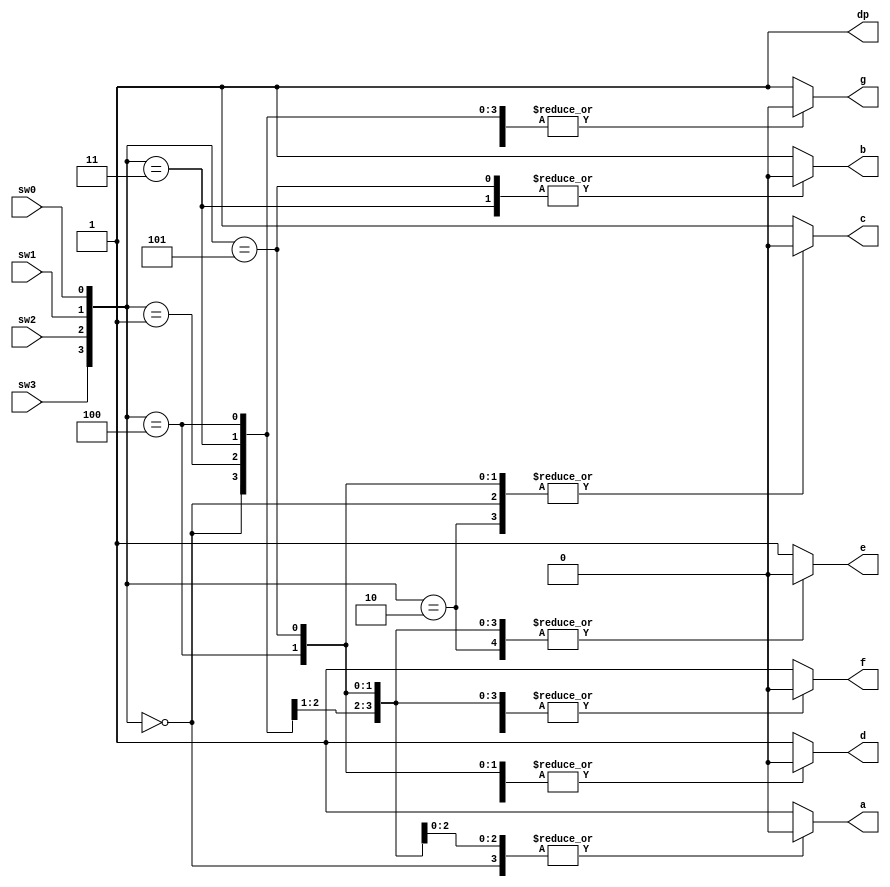
`timescale 1ns / 1ps
module bcdto7led_bh(
input wire sw0 ,
input wire sw1 ,
input wire sw2 ,
input wire sw3 ,
output reg a ,
output reg b ,
output reg c ,
output reg d ,
output reg e ,
output reg f ,
output reg g ,
output reg dp
 );
// Internal wire
wire [3:0] bundle ;
assign bundle = {sw3,sw2,sw1,sw0 } ;
always @(*) begin
a = 1'b1 ;
b = 1'b1 ;
c = 1'b1 ;
d = 1'b1 ; 
e = 1'b1 ;
f = 1'b1 ;
g = 1'b1 ;
dp = 1'b1;
case ( bundle )
4'b0000 : begin // S
a = 1'b0 ;
c = 1'b0 ;
d = 1'b0 ;
f = 1'b0 ;
g = 1'b0 ;
end
4'b0001 : begin // t
g = 1'b0 ;
d = 1'b0 ;
e = 1'b0 ;
f = 1'b0 ;
end
4'b0010 : begin // o
g = 1'b0 ;
e = 1'b0 ;
c = 1'b0 ;
d = 1'b0 ;
end
4'b0011 : begin // P
a = 1'b0 ;
b = 1'b0 ;
e = 1'b0 ;
f = 1'b0 ;
g = 1'b0 ;
end
4'b0100 : begin // G
a = 1'b0 ;
c = 1'b0 ;
d = 1'b0 ;
e = 1'b0 ;
f = 1'b0 ;
g = 1'b0 ;
end
4'b0101 : begin // O
a = 1'b0 ;
b = 1'b0 ;
c = 1'b0 ;
d = 1'b0 ;
e = 1'b0 ;
f = 1'b0 ;
end
endcase
end 
endmodule